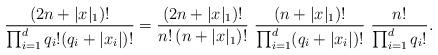
LaTeX: \begin{align*}\frac{(2n+|x|_{1})!}{\prod_{i=1}^{d} q_{i}!(q_{i}+|x_{i}|)!}= \frac{(2n+|x|_{1})!}{n! \, (n+|x|_{1})!} \ \frac{(n+|x|_{1})!}{\prod_{i=1}^{d} (q_{i}+|x_{i}|)!}\ \frac{n!}{\prod_{i=1}^{d} q_{i}!}.\end{align*}